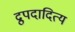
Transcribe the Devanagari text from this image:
द्रुपदादित्य